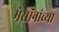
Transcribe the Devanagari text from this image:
मेसॉनांच्या